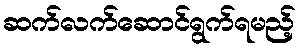
ဆက်လက်ဆောင်ရွက်ရမည့်